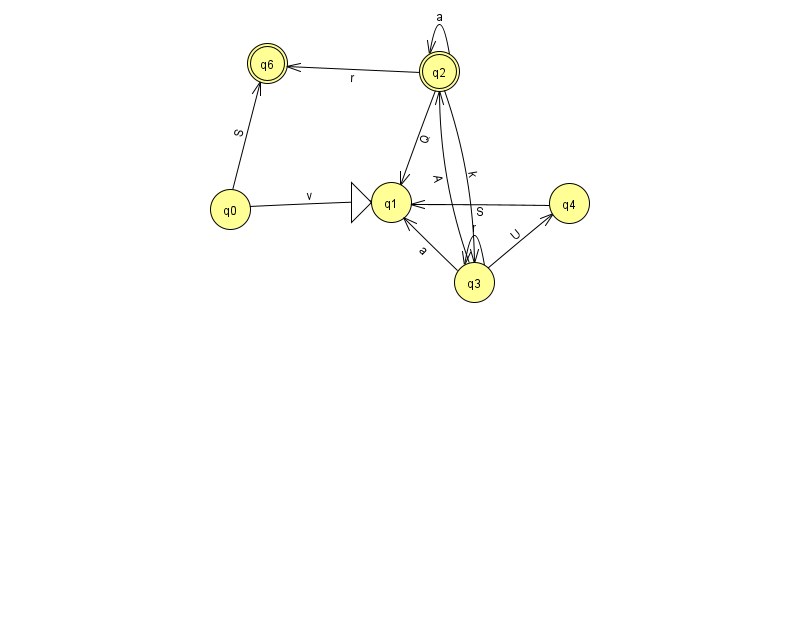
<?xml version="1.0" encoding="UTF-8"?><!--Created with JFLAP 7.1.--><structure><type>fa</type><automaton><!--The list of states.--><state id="0" name="q0"><x>230.0</x><y>196.0</y></state><state id="1" name="q1"><x>391.0</x><y>189.0</y><initial/></state><state id="2" name="q2"><x>439.0</x><y>58.0</y><final/></state><state id="3" name="q3"><x>474.0</x><y>269.0</y></state><state id="4" name="q4"><x>569.0</x><y>190.0</y></state><state id="6" name="q6"><x>267.0</x><y>50.0</y><final/></state><!--The list of transitions.--><transition><from>2</from><to>2</to><read>a</read></transition><transition><from>4</from><to>1</to><read>S</read></transition><transition><from>3</from><to>1</to><read>a</read></transition><transition><from>3</from><to>3</to><read>r</read></transition><transition><from>2</from><to>3</to><read>k</read></transition><transition><from>3</from><to>4</to><read>U</read></transition><transition><from>0</from><to>6</to><read>S</read></transition><transition><from>2</from><to>6</to><read>r</read></transition><transition><from>3</from><to>2</to><read>A</read></transition><transition><from>2</from><to>1</to><read>Q</read></transition><transition><from>0</from><to>1</to><read>v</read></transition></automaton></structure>